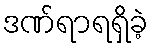
ဒဏ်ရာရရှိခဲ့